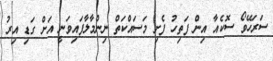
ސަރަހޭވޯ ސޮކެއާ އިން ފަތިހު ފެށި މަސައްކަތް ނިންމާލާފައިވަނީ އަށް ގަޑި އިރު